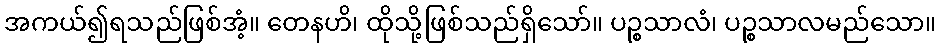
အကယ်၍ရသည်ဖြစ်အံ့။ တေနဟိ၊ ထိုသို့ဖြစ်သည်ရှိသော်။ ပဉ္စသာလံ၊ ပဉ္စသာလမည်သော။